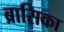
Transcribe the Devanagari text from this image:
ब्रासिका